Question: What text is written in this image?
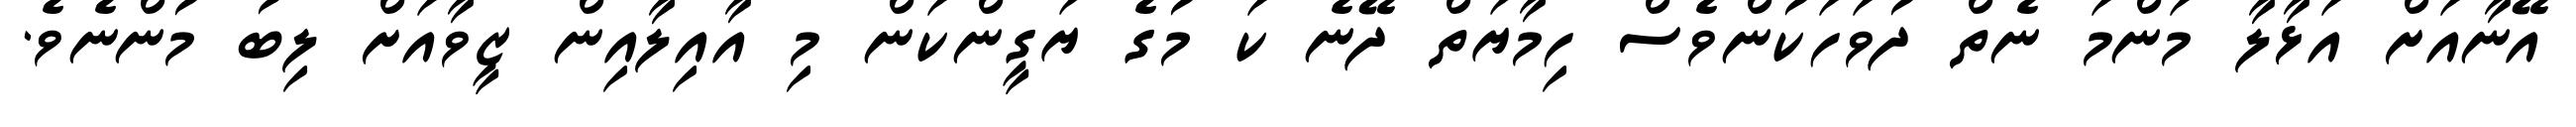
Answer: އޭނާއަށް އަޅާލާ މަންމަ ނެތް ދުވަހަކުންވެސް ހިމާޔަތް ދޭނެ ކަ މުގެ ޔަގީންކަން މި އާއިލާއިން ޒީވާއަށް ލިބު މުންނެވެ.